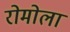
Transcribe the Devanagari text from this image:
रोमोला